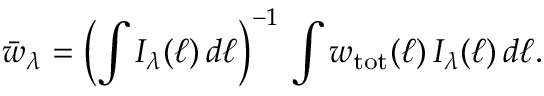
\bar { w } _ { \lambda } = \left( \int I _ { \lambda } ( \ell ) \, d \ell \right) ^ { - 1 } \, \int w _ { \mathrm { t o t } } ( \ell ) \, I _ { \lambda } ( \ell ) \, d \ell .